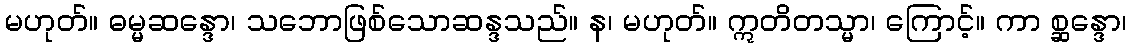
မဟုတ်။ ဓမ္မဆန္ဒော၊ သဘောဖြစ်သောဆန္ဒသည်။ န၊ မဟုတ်။ ဣတိတသ္မာ၊ ကြောင့်။ ကာ စ္ဆန္ဒော၊